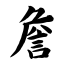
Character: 詹